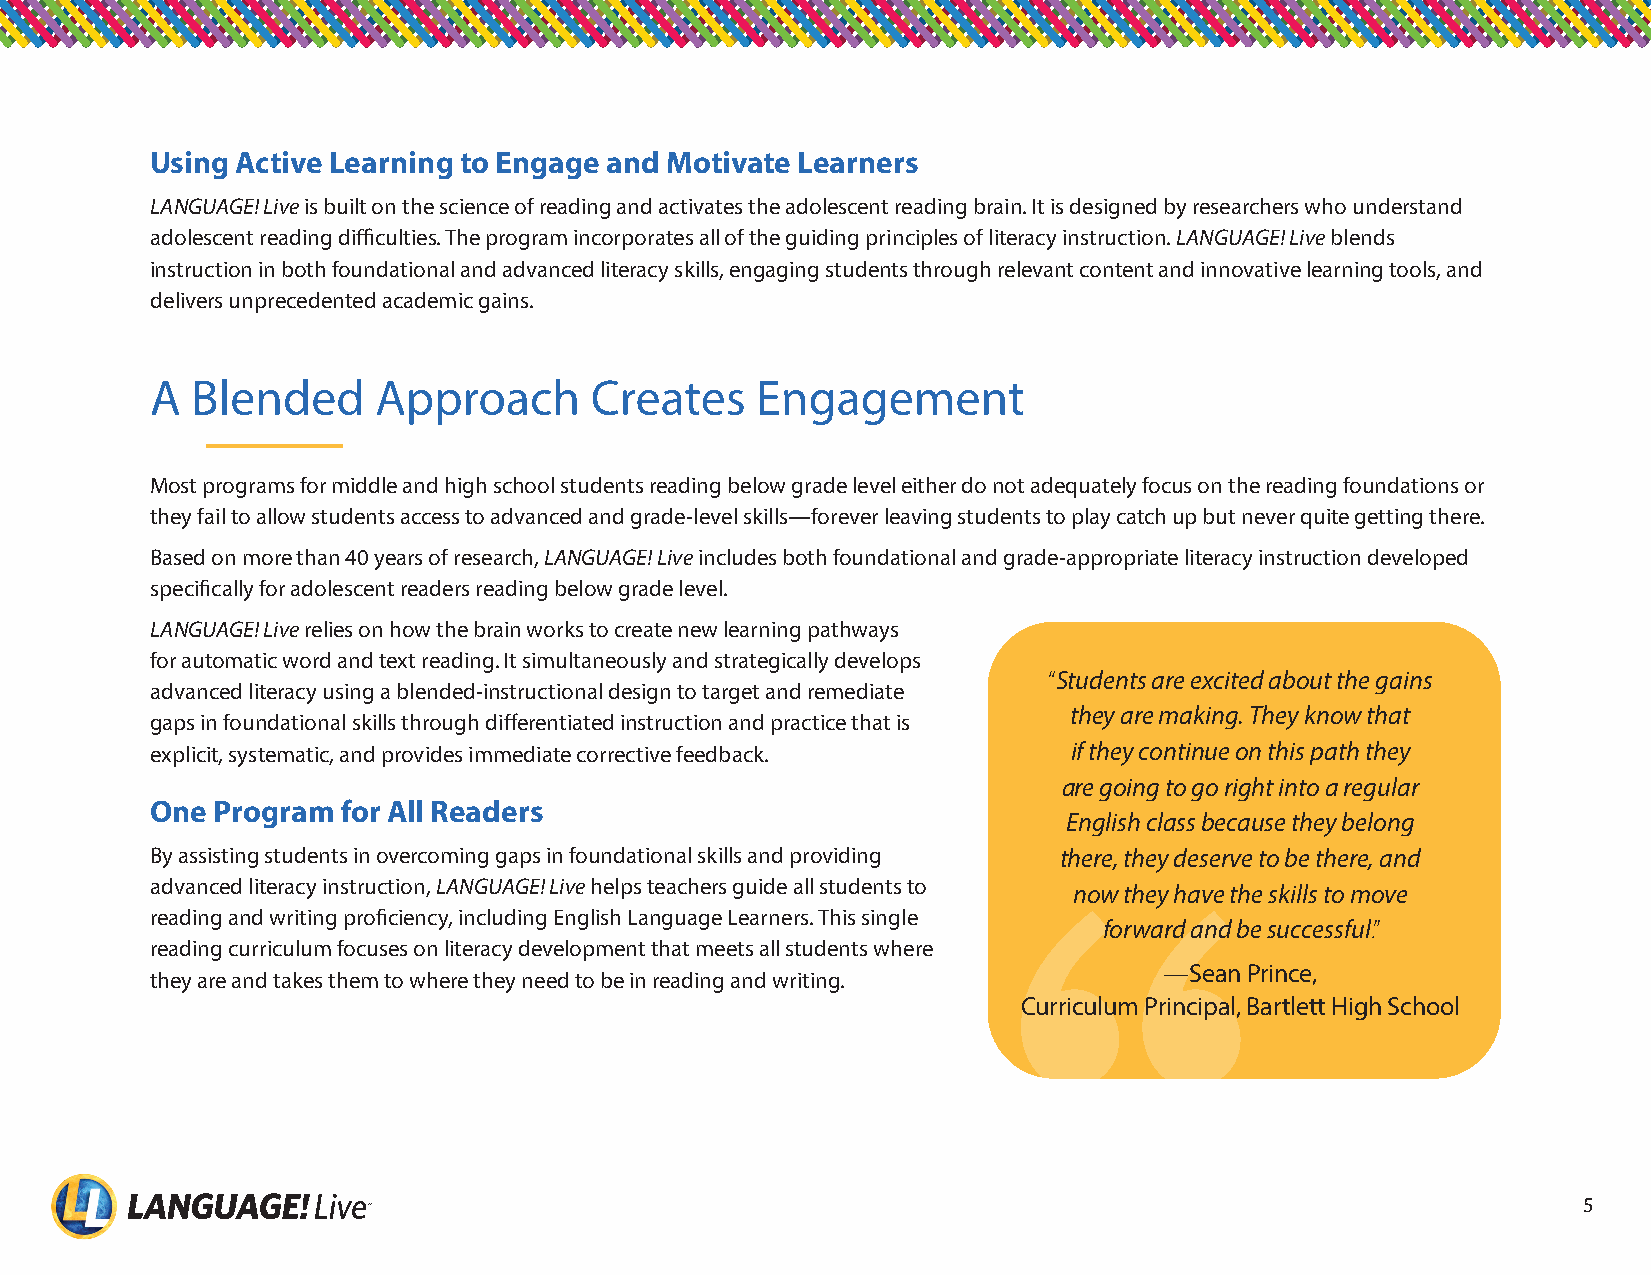
Using Active Learning to Engage and Motivate Learners
 LANGUAGE! Live is built on the science of reading and activates the adolescent reading brain It is designed by researchers who understand
 adolescent reading difficulties The program incorporates all of the guiding principles of literacy instruction LANGUAGE! Live blends
 instruction in both foundational and advanced literacy skills, engaging students through relevant content and innovative learning tools, and
 delivers unprecedented academic gains
 A  Blended     Approach      Creates    Engagement
 Most programs for middle and high school students reading below grade level either do not adequately focus on the reading foundations or
 they fail to allow students access to advanced and grade-level skills—forever leaving students to play catch up but never quite getting there
 Based on more than 40 years of research, LANGUAGE! Live includes both foundational and grade-appropriate literacy instruction developed
 specifically for adolescent readers reading below grade level
 LANGUAGE! Live relies on how the brain works to create new learning pathways
 for automatic word and text reading It simultaneously and strategically develops
 “Students are excited about the gains
 advanced literacy using a blended-instructional design to target and remediate
 they are making. They know that
 gaps in foundational skills through differentiated instruction and practice that is
 explicit, systematic, and provides immediate corrective feedback if they continue on this path they
 are going to go right into a regular
 One Program  for All Readers
 English class because they belong
 By assisting students in overcoming gaps in foundational skills and providing there, they deserve to be there, and
 advanced literacy instruction, LANGUAGE! Live helps teachers guide all students to
 now they have the skills to move
 reading and writing proficiency, including English Language Learners This single
 forward and be successful.”
 reading curriculum focuses on literacy development that meets all students where
 —Sean Prince,
 they are and takes them to where they need to be in reading and writing
 Curriculum Principal, Bartlett High School
 5